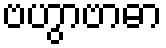
ဗဟွာဗာဓာ